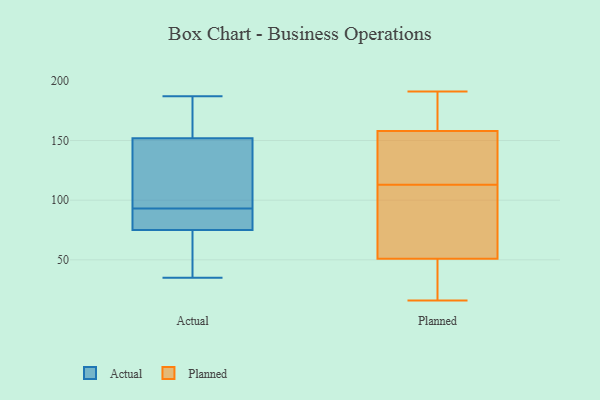
{"axis": {"x": "Headcount", "y": "Value"}, "legend": ["Actual", "Planned"], "data": [{"x": "", "y": 140, "type": "Actual"}, {"x": "", "y": 55, "type": "Actual"}, {"x": "", "y": 78, "type": "Actual"}, {"x": "", "y": 75, "type": "Actual"}, {"x": "", "y": 105, "type": "Actual"}, {"x": "", "y": 52, "type": "Actual"}, {"x": "", "y": 88, "type": "Actual"}, {"x": "", "y": 119, "type": "Actual"}, {"x": "", "y": 187, "type": "Actual"}, {"x": "", "y": 47, "type": "Actual"}, {"x": "", "y": 135, "type": "Actual"}, {"x": "", "y": 174, "type": "Actual"}, {"x": "", "y": 93, "type": "Actual"}, {"x": "", "y": 35, "type": "Actual"}, {"x": "", "y": 156, "type": "Actual"}, {"x": "", "y": 75, "type": "Actual"}, {"x": "", "y": 166, "type": "Actual"}, {"x": "", "y": 93, "type": "Actual"}, {"x": "", "y": 167, "type": "Actual"}, {"x": "", "y": 51, "type": "Planned"}, {"x": "", "y": 191, "type": "Planned"}, {"x": "", "y": 130, "type": "Planned"}, {"x": "", "y": 16, "type": "Planned"}, {"x": "", "y": 121, "type": "Planned"}, {"x": "", "y": 58, "type": "Planned"}, {"x": "", "y": 158, "type": "Planned"}, {"x": "", "y": 105, "type": "Planned"}, {"x": "", "y": 164, "type": "Planned"}, {"x": "", "y": 46, "type": "Planned"}]}